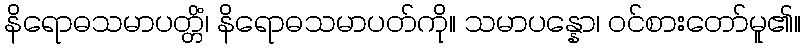
နိရောဓသမာပတ္တိံ၊ နိရောဓသမာပတ်ကို။ သမာပန္နော၊ ဝင်စားတော်မူ၏။